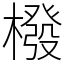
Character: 橃